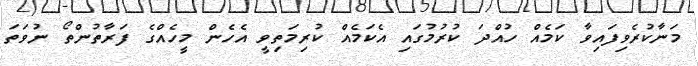
މަނާކުރެވިފައިވާ ކަމެއް ހުއްދަ ކުރުމުގައި އެކަމެއް ކުރިމަތިވީ އެހެން މީހެއްގެ ފަރާތުންތޯ ނުވަތަ